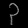
Digit: ၃